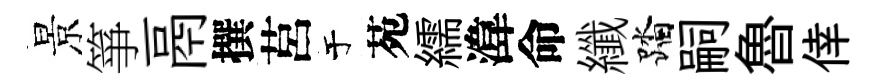
景箏鬲撰莒于苑繻湋命纖踏嗣魯倖